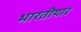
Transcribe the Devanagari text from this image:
भारतीयार